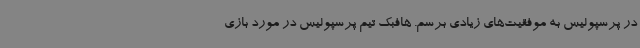
در پرسپولیس به موفقیت‌های زیادی برسم. هافبک تیم پرسپولیس در مورد بازی